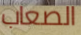
الصعاب